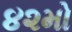
૪૨મો